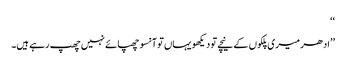
‘‘
’’ادھر میری پلکوں کے نیچے تو دیکھو یہاں تو آنسو چھپائے نہیں چھپ رہے ہیں۔